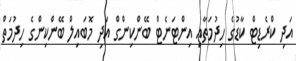
އަދި ކްރެޑިޓް ކާޑުގެ ހިދުމަތާއި އިންޓަނެޓް ބޭންކިންގް އަދި މޮބައިލް ބޭންކިންގެ ހިދުމަތް